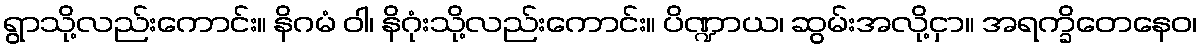
ရွာသို့လည်းကောင်း။ နိဂမံ ဝါ၊ နိဂုံးသို့လည်းကောင်း။ ပိဏ္ဍာယ၊ ဆွမ်းအလို့ငှာ။ အရက္ခိတေနေဝ၊